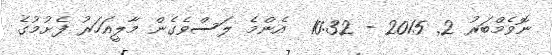
ނޮވެމްބަރު 2